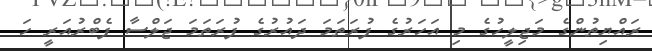
ރައްޔިތުންގެ މަޖިލީހުގެ މި އަހަރުގެ ފުރަތަމަ ދައުރުގެ ފުރަތަމަ ޖަލްސާ ފެބްރުއަރީ ހަ